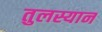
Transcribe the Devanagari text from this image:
तुलस्यान